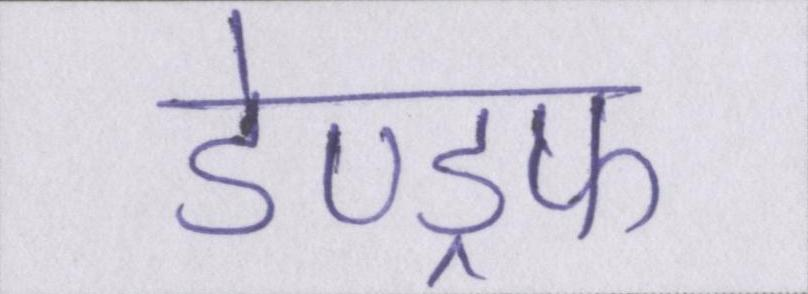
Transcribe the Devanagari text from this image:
डेण्ड्रफ